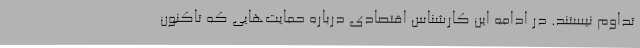
تداوم نیستند. در ادامه این کارشناس اقتصادی درباره حمایت‌هایی که تاکنون